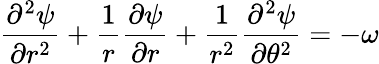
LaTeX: \frac{\partial^{2}\psi}{\partial r^{2}}+\frac{1}{r}\frac{\partial\psi}{\partial r}+\frac{1}{r^{2}}\frac{\partial^{2}\psi}{\partial\theta^{2}}=-\omega